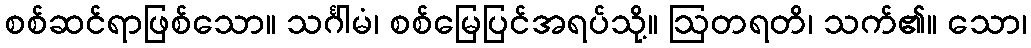
စစ်ဆင်ရာဖြစ်သော။ သင်္ဂါမံ၊ စစ်မြေပြင်အရပ်သို့။ ဩတရတိ၊ သက်၏။ သော၊